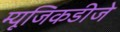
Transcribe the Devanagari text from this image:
म्यूजिकडीजे